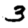
Digit: 3